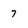
Character: 7